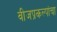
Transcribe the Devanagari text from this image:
वीजप्रकल्पांचा